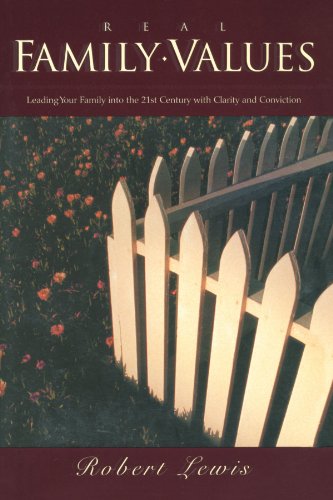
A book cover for Real Family Values: Leading Your Family into the 21st Century with Clarity and Conviction; Robert Lewis; Parenting & Relationships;